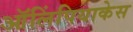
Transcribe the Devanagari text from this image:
ऑलिंपियाकेस